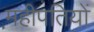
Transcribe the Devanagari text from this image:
महीपतियों